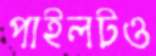
পাইলটও